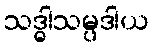
သဒ္ဓါသမ္ပဒါယ